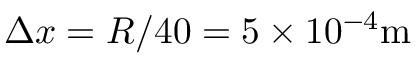
\Delta x = R / 4 0 = 5 \times 1 0 ^ { - 4 } \mathrm { m }